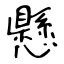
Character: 懸